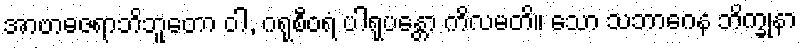
အာဗာဓဇရာဘိဘူတော ဝါ, ဂရုစီဝရံ ပါရုပန္တော ကိလမတိ။ သော သဘာဂေန ဘိက္ခုနာ